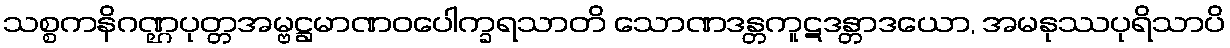
သစ္စကနိဂဏ္ဌပုတ္တအမ္ဗဋ္ဌမာဏဝပေါက္ခရသာတိ သောဏဒန္တကူဋဒန္တာဒယော, အမနုဿပုရိသာပိ